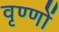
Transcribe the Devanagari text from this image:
वृण्णों